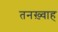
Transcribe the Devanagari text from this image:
तनख़्वाह